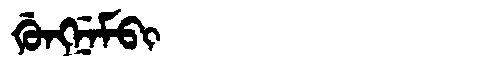
Manchu: ᡤᡠᠩᠨᡝᠮᠪᡳ
Romanization: GUNGNEMBI